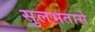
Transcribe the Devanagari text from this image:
सुलभतासे